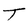
Character: T